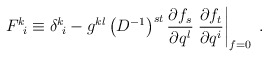
\begin{align*}F^k\!_i\equiv \delta^k\!_i-g^{kl}\left(D^{-1} \right)^{st}\frac{\partial f_s}{\partial q^l}\left.\frac{\partial f_t}{\partial q^i}\right|_{f=0} \;.\end{align*}